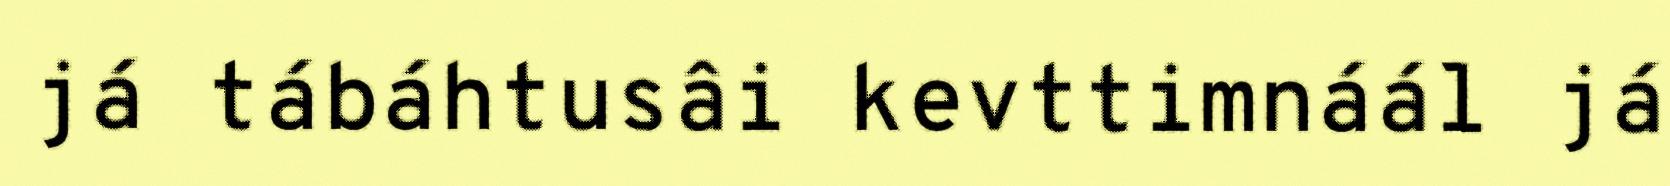
já tábáhtusâi kevttimnáál já